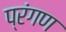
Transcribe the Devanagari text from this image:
प्रंगण